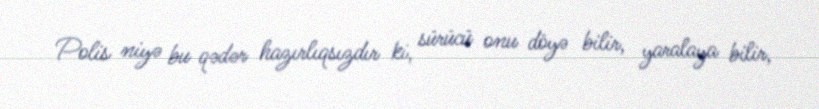
Polis niyə bu qədər hazırlıqsızdır ki, sürücü onu döyə bilir, yaralaya bilir,